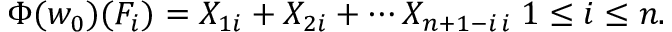
\Phi ( w _ { 0 } ) ( F _ { i } ) = X _ { 1 i } + X _ { 2 i } + \cdots X _ { n + 1 - i \, i } \; 1 \leq i \leq n .